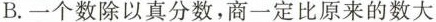
B.一个数除以真分数，商一定比原来的数大